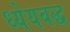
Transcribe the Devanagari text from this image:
ध्येयबद्ध